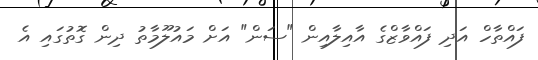
ފައްތާހް އަދި ފައްވާޒްގެ އާއިލާއިން "ސަން" އަށް މައުލޫމާތު ދިން ގޮތުގައި އެ